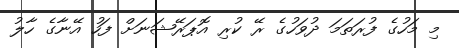
މި މަހުގެ ފުރަތަމަ ދުވަހުގެ ރޭ ކުރި އޮޕަރޭޝަނަށް ފަހު އޭނާގެ ހާލު